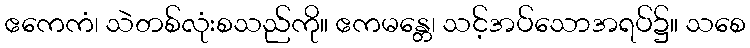
ဧကေကံ၊ သဲတစ်လုံးစသည်ကို။ ဧကမန္တေ၊ သင့်အပ်သောအရပ်၌။ သစေ